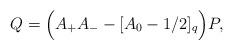
LaTeX: \begin{align*} Q=\Big(A_{+}A_{-}-[A_0-1/2]_{q}\Big)P,\end{align*}